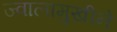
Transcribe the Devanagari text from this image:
ज्वालामुखीने